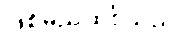
ဖြစ်မည်ထင်သည်